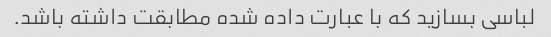
لباسی بسازید که با عبارت داده شده مطابقت داشته باشد.